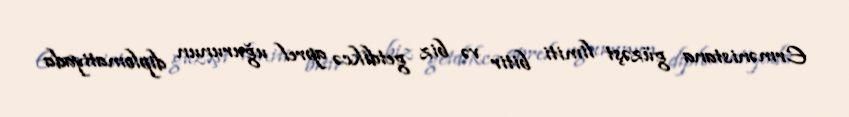
Ermənistana güzəşt limiti bitir və biz getdikcə aprel uğurunun diplomatiyada